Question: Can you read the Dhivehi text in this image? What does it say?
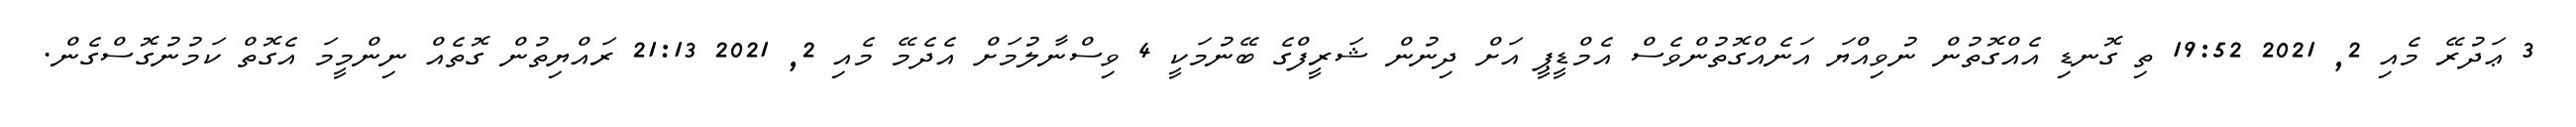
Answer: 3 ޢަދުރޭ މެއި 2, 2021 19:52 ތި ގޮނޑި އެއްގޮތުން ނުވިއްޔަ އަނެއްގޮތުންވެސް އެމްޑީޕީ އަށް ދިނުން ޝަރީފްގެ ބޭނުމަކީ 4 ވިސްނާލުމަށް އެދެމޭ މެއި 2, 2021 21:13 ރައްޔިތުން ގޮތެއް ނިންމީމަ އެގޮތް ކަމުނުގޮސްގެން.